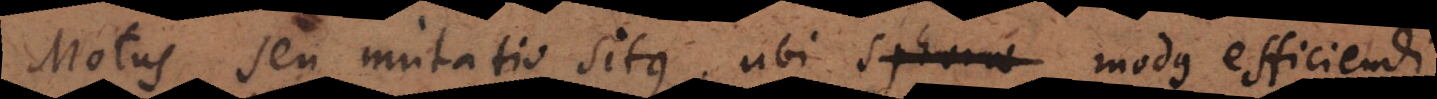
Motus seu mutatio situs; ubi sphaerae modus efficiendi